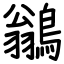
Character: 鶲